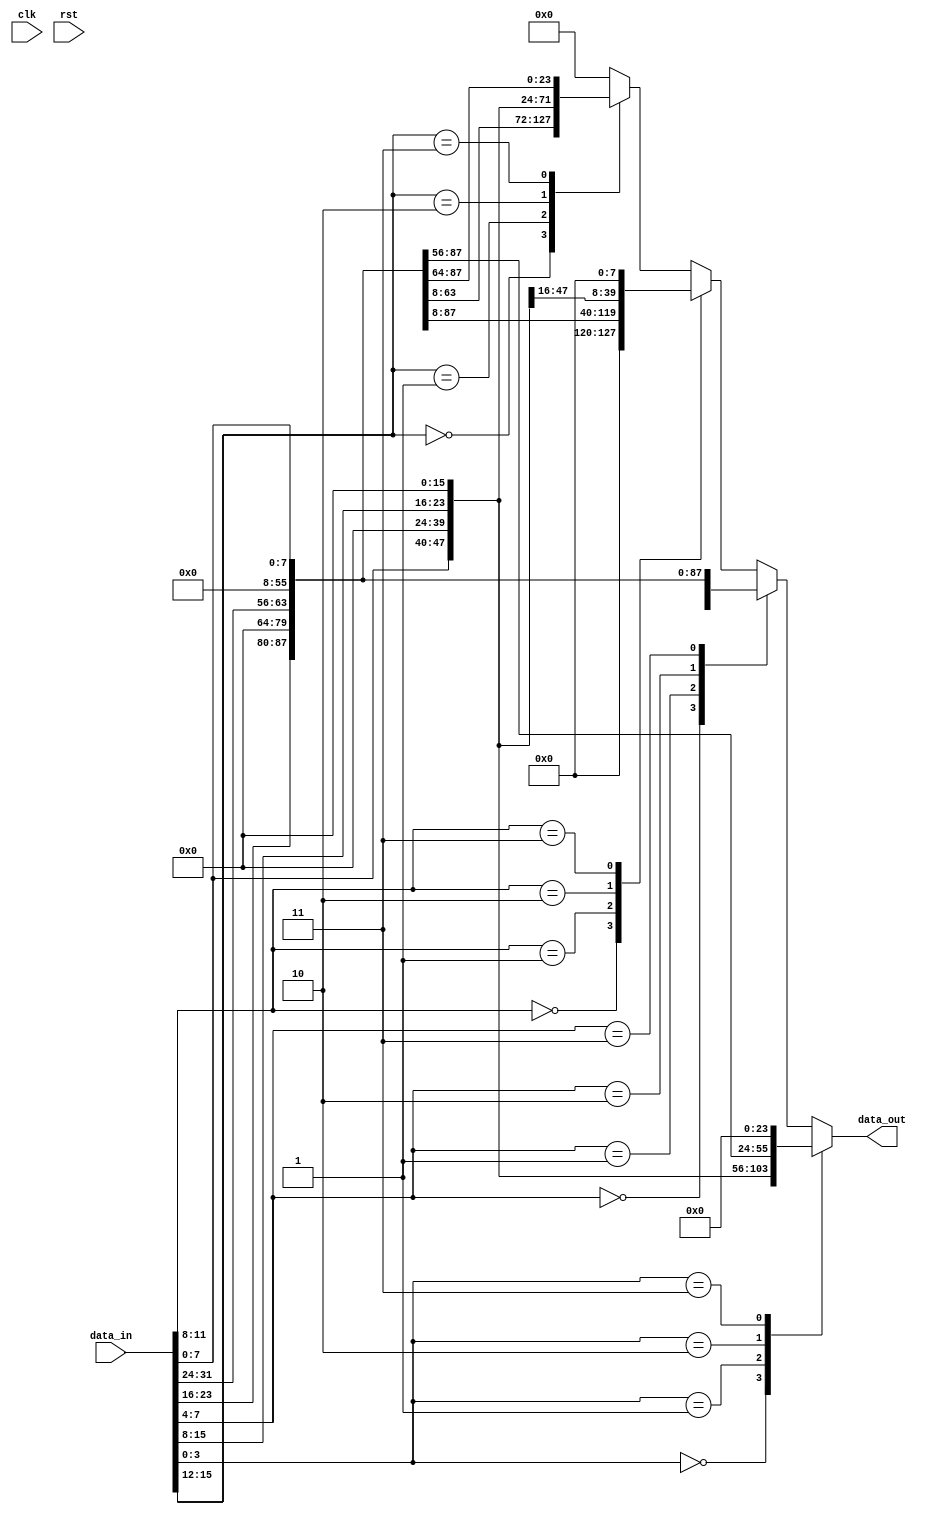
module large_mux 
#(parameter WIDTH=32)
(
input clk,
input rst,
input [WIDTH-1:0] data_in,
output reg [WIDTH-1:0] data_out);

//reg [WIDTH-1:0] data_out = 32'd0;

always@(data_in) begin 
casex(data_in)
32'hxxxxxxx0:data_out[31:0] = {24'b0,data_in[7:0]};
32'hxxxxxxx1:data_out[31:0] = {16'b0,data_in[15:8],8'b0};
32'hxxxxxxx2:data_out[31:0] = {8'b0,data_in[23:16],16'b0};
32'hxxxxxxx3:data_out[31:0] = {data_in[31:24],24'b0};

32'hxxxxxx0x:data_out[31:0] = {16'b0,data_in[15:8],8'b0};
32'hxxxxxx1x:data_out[31:0] = {8'b0,data_in[23:16],16'b0};
32'hxxxxxx2x:data_out[31:0] = {data_in[31:24],24'b0};
32'hxxxxxx3x:data_out[31:0] = {24'b0,data_in[7:0]};

32'hxxxxx0xx:data_out[31:0] = {8'b0,data_in[23:16],16'b0};
32'hxxxxx1xx:data_out[31:0] = {data_in[31:24],24'b0};
32'hxxxxx2xx:data_out[31:0] = {24'b0,data_in[7:0]};
32'hxxxxx3xx:data_out[31:0] = {16'b0,data_in[15:8],8'b0};

32'hxxxx0xxx:data_out[31:0] = {data_in[31:24],24'b0};
32'hxxxx1xxx:data_out[31:0] = {24'b0,data_in[7:0]};
32'hxxxx2xxx:data_out[31:0] = {16'b0,data_in[15:8],8'b0};
32'hxxxx3xxx:data_out[31:0] = {8'b0,data_in[23:16],16'b0};

default: data_out[31:0]= 32'd0;
endcase
end
endmodule